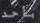
بأحد